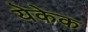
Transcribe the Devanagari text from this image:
येकेक